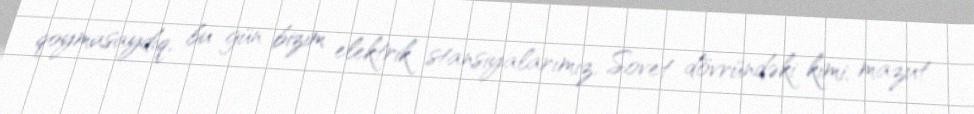
qoymasaydıq, bu gün bizim elektrik stansiyalarımız, Sovet dövründəki kimi, mazut